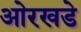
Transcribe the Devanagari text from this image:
ओरखडे